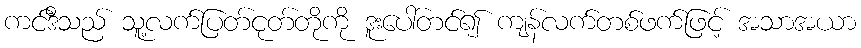
ကင်ဒီသည် သူ့လက်ပြတ်ငုတ်တိုကို ဒူးပေါ်တင်၍ ကျန်လက်တစ်ဖက်ဖြင့် အသာအယာ